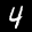
Label: 4